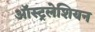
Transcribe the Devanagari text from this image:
ऑस्ट्रलेशियन